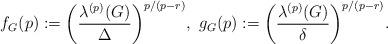
LaTeX: \begin{align*}f_G(p):=\bigg(\frac{\lambda^{(p)}(G)}{\Delta}\bigg)^{p/(p-r)},~g_G(p):=\bigg(\frac{\lambda^{(p)}(G)}{\delta}\bigg)^{p/(p-r)}. \end{align*}